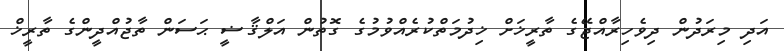
އަދި މިރަދުން ދިވެހިރާއްޖޭގެ ތާރީޚަށް ޚިދުމަތްކުރެއްވުމުގެ ގޮތުން އަލްޤާޟީ ޙަސަން ތާޖުއްދީންގެ ތާރީޚް